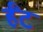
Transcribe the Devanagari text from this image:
र्हँट